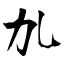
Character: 劜